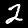
Digit: 2